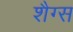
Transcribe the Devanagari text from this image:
शैग्स